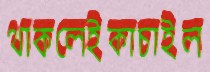
থাকলেইকাচাইল